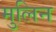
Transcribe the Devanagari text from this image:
मुलिन